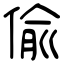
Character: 偸